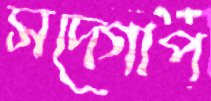
সদ্‌গোপ